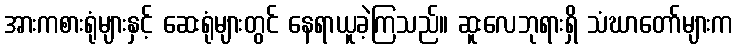
အားကစားရုံများနှင့် ဆေးရုံများတွင် နေရာယူခဲ့ကြသည်။ ဆူးလေဘုရားရှိ သံဃာတော်များက